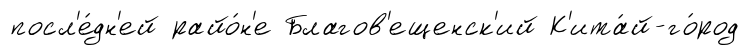
посл'е́дн'ей райо́н'е Благов'ещенск'ий К'ита́й-го́род